Plague in India, 1896, 1897 - Volume 2
Year: 1896
Disease focus: Plague
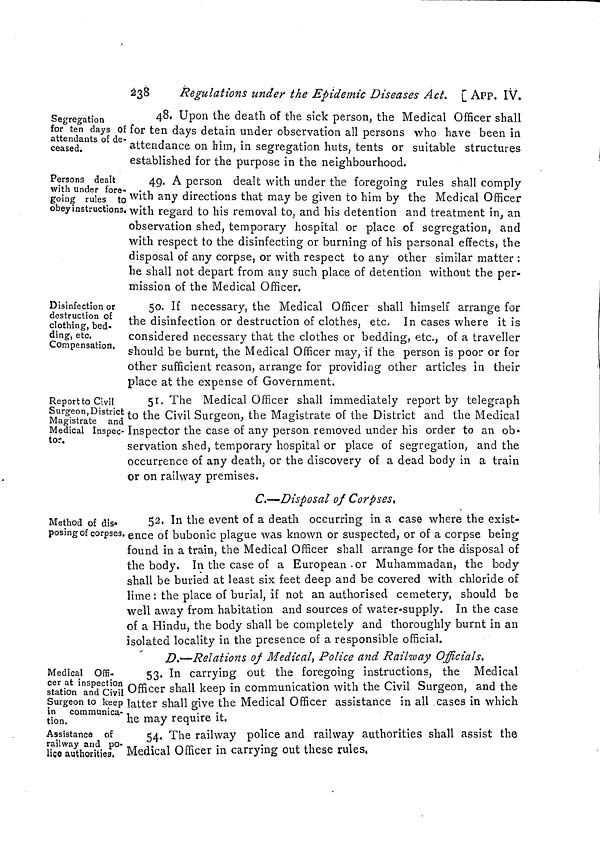
238
Regulations under the Epidemic Diseases A ct. [ APP. IV.
Segregation
for ten days Of
attendants of de-
ceased.
48. Upon the death of the sick person, the Medical Officer shall
for ten days detain under observation all persons who have been in
attendance on him, in segregation huts, tents or suitable structures
established for the purpose in the neighbourhood.
Persons dealt
with Under fore-
going rules to
obey instructions.
49. A person dealt with under the foregoing rules shall comply
with any directions that may be given to him by the Medical Officer
with regard to his removal to, and his detention and treatment in, an
observation shed, temporary hospital or place of segregation, and
with respect to the disinfecting or burning of his personal effects, the
disposal of any corpse, or with respect to any other similar matter :
he shall not depart from any such place of detention without the per-
mission of the Medical Officer.
Disinfection or
destruction of
clothing, bed-
ding, etc.
Compensation.
50. If necessary, the Medical Officer shall himself arrange for
the disinfection or destruction of clothes, etc. In cases where it is
considered necessary that the clothes or bedding, etc., of a traveller
should be burnt, the Medical Officer may, if the person is poor or for
other sufficient reason, arrange for providing other articles in their
place at the expense of Government.
Report to Civil
Surgeon, District
Magistrate and
Medical Inspec-
tor.
51. The Medical Officer shall immediately report by telegraph
to the Civil Surgeon, the Magistrate of the District and the Medical
Inspector the case of any person removed under his order to an ob«
servation shed, temporary hospital or place of segregation, and the
occurrence of any death, or the discovery of a dead body in a train
or on railway premises,
C.—Disposal of Corpses,
Method of dis-
posing of corpses,
52. In the event of a death occurring in a case where the exist-
ence of bubonic plague was known or suspected, or of a corpse being
found in a train, the Medical Officer shall arrange for the disposal of
the body. In the case of a European-or Muhammadan, the body
shall be buried at least six feet deep and be covered with chloride of
lime : the place of burial, if not an authorised cemetery, should be
well away from habitation and sources of water-supply. In the case
of a Hindu, the body shall be completely and thoroughly burnt in an
isolated locality in the presence of a responsible official.
D t —Relations of Medical, Police and Railway Officials.
Medical Offi-
cer at inspection
station and Civil
Surgeon to keep
in
communica-
tion.
53. In carrying out the foregoing instructions, the Medical
Officer shall keep in communication with the Civil Surgeon, and the
latter shall give the Medical Officer assistance in all cases in which
he may require it.
Assistance of
railway and po-
lice authorities.
54. The railway police and railway authorities shall assist the
Medical Officer in carrying out these rules,